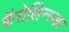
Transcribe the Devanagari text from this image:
कॅरोलिन्स्का